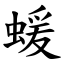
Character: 蝯